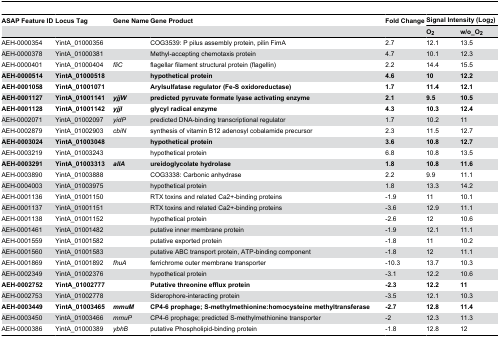
<table><thead><tr><td><b>ASAP Feature ID</b></td><td><b>Locus Tag</b></td><td><b>Gene Name</b></td><td><b>Gene Product</b></td><td><b>Fold Change</b></td><td colspan="2"><b>Signal Intensity (Log<sub>2</sub>)</b></td></tr><tr><td></td><td></td><td></td><td></td><td></td><td><b>O<sub>2</sub></b></td><td><b>w/o_O<sub>2</sub></b></td></tr></thead><tbody><tr><td>AEH-0000354</td><td>YintA_01000356</td><td></td><td>COG3539: P pilus assembly protein, pilin FimA</td><td>2.7</td><td>12.1</td><td>13.5</td></tr><tr><td>AEH-0000378</td><td>YintA_01000381</td><td></td><td>Methyl-accepting chemotaxis protein</td><td>4.7</td><td>10.1</td><td>12.3</td></tr><tr><td>AEH-0000401</td><td>YintA_01000404</td><td><i>fliC</i></td><td>flagellar filament structural protein (flagellin)</td><td>2.2</td><td>14.4</td><td>15.5</td></tr><tr><td><b>AEH-0000514</b></td><td><b>YintA_01000518</b></td><td></td><td><b>hypothetical protein</b></td><td><b>4.6</b></td><td><b>10</b></td><td><b>12.2</b></td></tr><tr><td><b>AEH-0001058</b></td><td><b>YintA_01001071</b></td><td></td><td><b>Arylsulfatase regulator (Fe-S oxidoreductase)</b></td><td><b>1.7</b></td><td><b>11.4</b></td><td><b>12.1</b></td></tr><tr><td><b>AEH-0001127</b></td><td><b>YintA_01001141</b></td><td><b><i>yjjW</i></b></td><td><b>predicted pyruvate formate lyase activating enzyme</b></td><td><b>2.1</b></td><td><b>9.5</b></td><td><b>10.5</b></td></tr><tr><td><b>AEH-0001128</b></td><td><b>YintA_01001142</b></td><td><b><i>yjjI</i></b></td><td><b>glycyl radical enzyme</b></td><td><b>4.3</b></td><td><b>10.3</b></td><td><b>12.4</b></td></tr><tr><td>AEH-0002071</td><td>YintA_01002097</td><td><i>yidP</i></td><td>predicted DNA-binding transcriptional regulator</td><td>1.7</td><td>10.2</td><td>11</td></tr><tr><td>AEH-0002879</td><td>YintA_01002903</td><td><i>cbiN</i></td><td>synthesis of vitamin B12 adenosyl cobalamide precursor</td><td>2.3</td><td>11.5</td><td>12.7</td></tr><tr><td><b>AEH-0003024</b></td><td><b>YintA_01003048</b></td><td></td><td><b>hypothetical protein</b></td><td><b>3.6</b></td><td><b>10.8</b></td><td><b>12.7</b></td></tr><tr><td>AEH-0003219</td><td>YintA_01003243</td><td></td><td>hypothetical protein</td><td>6.8</td><td>10.8</td><td>13.5</td></tr><tr><td><b>AEH-0003291</b></td><td><b>YintA_01003313</b></td><td><b><i>allA</i></b></td><td><b>ureidoglycolate hydrolase</b></td><td><b>1.8</b></td><td><b>10.8</b></td><td><b>11.6</b></td></tr><tr><td>AEH-0003890</td><td>YintA_01003888</td><td></td><td>COG3338: Carbonic anhydrase</td><td>2.2</td><td>9.9</td><td>11.1</td></tr><tr><td>AEH-0004003</td><td>YintA_01003975</td><td></td><td>hypothetical protein</td><td>1.8</td><td>13.3</td><td>14.2</td></tr><tr><td>AEH-0001136</td><td>YintA_01001150</td><td></td><td>RTX toxins and related Ca2+-binding proteins</td><td>-1.9</td><td>11</td><td>10.1</td></tr><tr><td>AEH-0001137</td><td>YintA_01001151</td><td></td><td>RTX toxins and related Ca2+-binding proteins</td><td>-3.6</td><td>12.9</td><td>11.1</td></tr><tr><td>AEH-0001138</td><td>YintA_01001152</td><td></td><td>hypothetical protein</td><td>-2.6</td><td>12</td><td>10.6</td></tr><tr><td>AEH-0001461</td><td>YintA_01001482</td><td></td><td>putative inner membrane protein</td><td>-1.9</td><td>12.1</td><td>11.1</td></tr><tr><td>AEH-0001559</td><td>YintA_01001582</td><td></td><td>putative exported protein</td><td>-1.8</td><td>11</td><td>10.2</td></tr><tr><td>AEH-0001560</td><td>YintA_01001583</td><td></td><td>putative ABC transport protein, ATP-binding component</td><td>-1.8</td><td>12</td><td>11.1</td></tr><tr><td>AEH-0001869</td><td>YintA_01001892</td><td><i>fhuA</i></td><td>ferrichrome outer membrane transporter</td><td>-10.3</td><td>13.7</td><td>10.3</td></tr><tr><td>AEH-0002349</td><td>YintA_01002376</td><td></td><td>hypothetical protein</td><td>-3.1</td><td>12.2</td><td>10.6</td></tr><tr><td><b>AEH-0002752</b></td><td><b>YintA_01002777</b></td><td></td><td><b>Putative threonine efflux protein</b></td><td><b>-2.3</b></td><td><b>12.2</b></td><td><b>11</b></td></tr><tr><td>AEH-0002753</td><td>YintA_01002778</td><td></td><td>Siderophore-interacting protein</td><td>-3.5</td><td>12.1</td><td>10.3</td></tr><tr><td><b>AEH-0003449</b></td><td><b>YintA_01003465</b></td><td><b><i>mmuM</i></b></td><td><b>CP4-6 prophage; S-methylmethionine:homocysteine methyltransferase</b></td><td><b>-2.7</b></td><td><b>12.8</b></td><td><b>11.4</b></td></tr><tr><td>AEH-0003450</td><td>YintA_01003466</td><td><i>mmuP</i></td><td>CP4-6 prophage; predicted S-methylmethionine transporter</td><td>-2</td><td>12.3</td><td>11.3</td></tr><tr><td>AEH-0000386</td><td>YintA_01000389</td><td><i>ybhB</i></td><td>putative Phospholipid-binding protein</td><td>-1.8</td><td>12.8</td><td>12</td></tr></tbody></table>